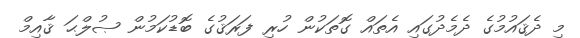
މި ދެޤައުމުގެ ދެމެދުގައި އެތައް ގޮތަކުން ހުރި ފަރަޤުގެ ބޮޑުކަމުން ޞުލްޙަ ޤާއިމް